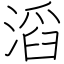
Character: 滔